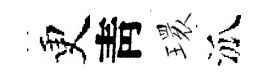
更靑𤨔泒